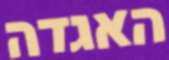
האגדה